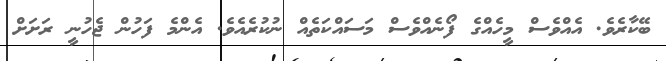
ބޭކާރެެވެ. އެއްވެސް މީހެއްގެ ފޯނެއްވެސް މަސައްކަތެއް ނުކުރެއެވެ. އެންމެ ފަހުން ޖެހުނީ ރަށަށް